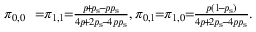
\begin{array} { r l } { \pi _ { 0 , 0 } } & { \! \! = \! \! \pi _ { 1 , 1 } \! \! = \! \! \frac { p \! + \! p _ { \mathrm { s } } \! - \! p p _ { \mathrm { s } } } { 4 p \! + \! 2 p _ { \mathrm { s } } \! - \! 4 p p _ { \mathrm { s } } } , \pi _ { 0 , 1 } \! \! = \! \! \pi _ { 1 , 0 } \! \! = \! \! \frac { p ( 1 \! - \! p _ { \mathrm { s } } ) } { 4 p \! + \! 2 p _ { \mathrm { s } } \! - \! 4 p p _ { \mathrm { s } } } . } \end{array}